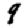
Digit: 9